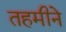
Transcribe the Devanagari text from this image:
तहमीने